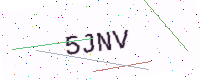
Text: 5JNV